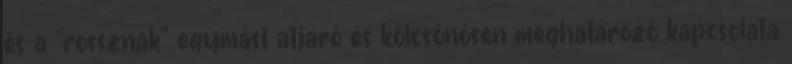
és a "rossznak" egymást atjaró és kölcsönösen meghatározó kapcsolata